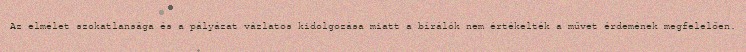
Az elmélet szokatlansága és a pályázat vázlatos kidolgozása miatt a bírálók nem értékelték a művet érdemének megfelelően.